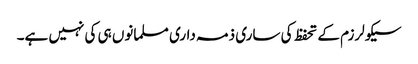
سیکولرزم کے تحفظ کی ساری ذمہ داری مسلمانوں ہی کی نہیں ہے۔